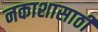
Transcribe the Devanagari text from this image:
नकाशासाठी